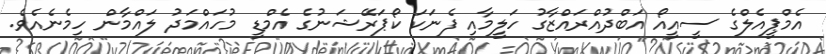
އެމްޕީއެލްގެ ސީއީއޯ އަބްދުއްރައްޒާގު ހަލީމާއި ފެނަކަ ކޯޕަރޭޝަނުގެ އެމްޑީ މުހައްމަދު ލައްމާން ހިމެނެއެވެ.